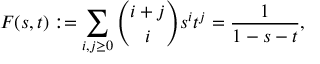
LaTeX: F ( s , t ) : = \sum _ { i , j \geq 0 } { \binom { i + j } { i } } s ^ { i } t ^ { j } = { \frac { 1 } { 1 - s - t } } ,